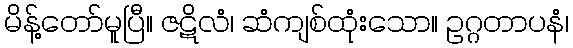
မိန့်တော်မူပြီ။ ဇဋိလံ၊ ဆံကျစ်ထုံးသော။ ဥဂ္ဂတာပနံ၊